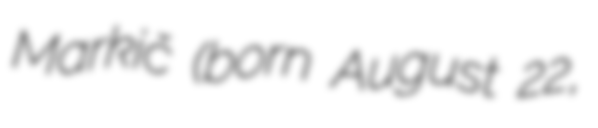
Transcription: Markič (born August 22,